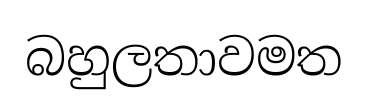
බහුලතාවමත